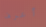
أعرف